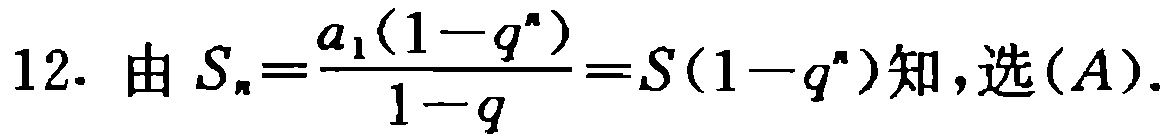
12. 由 \(S_{n}=\frac{a_{1}(1 - q^{n})}{1 - q}=S(1 - q^{n})\)知，选\((A)\).